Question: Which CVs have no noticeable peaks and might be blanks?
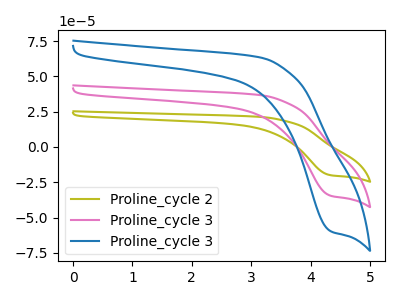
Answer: <think>The olive curve "Proline_cycle 2" has a cathodic peak at: (4.35V, -69.20uA). The pink curve "Proline_cycle 3" has a cathodic peak at: (4.35V, -34.60uA). The blue curve "Proline_cycle 3" has a cathodic peak at: (4.35V, -59.70uA).</think>
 <answer>There are not any CV's on this graph that are likely to be blanks.</answer>
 <eval>none</eval>